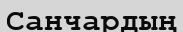
Санчардың